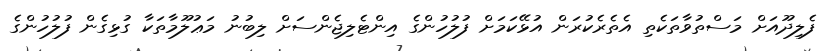
ފެލިދޫއަށް މަސްތުވާތަކެތި އެތެރެކުރަން އުޅޭކަމަށް ފުލުހުންގެ އިންޓެލިޖެންސަށް ލިބުނު މަޢުލޫމާތަކާ ގުޅިގެން ފުލުހުންގެ